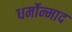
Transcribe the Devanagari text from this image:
धर्मोन्माद